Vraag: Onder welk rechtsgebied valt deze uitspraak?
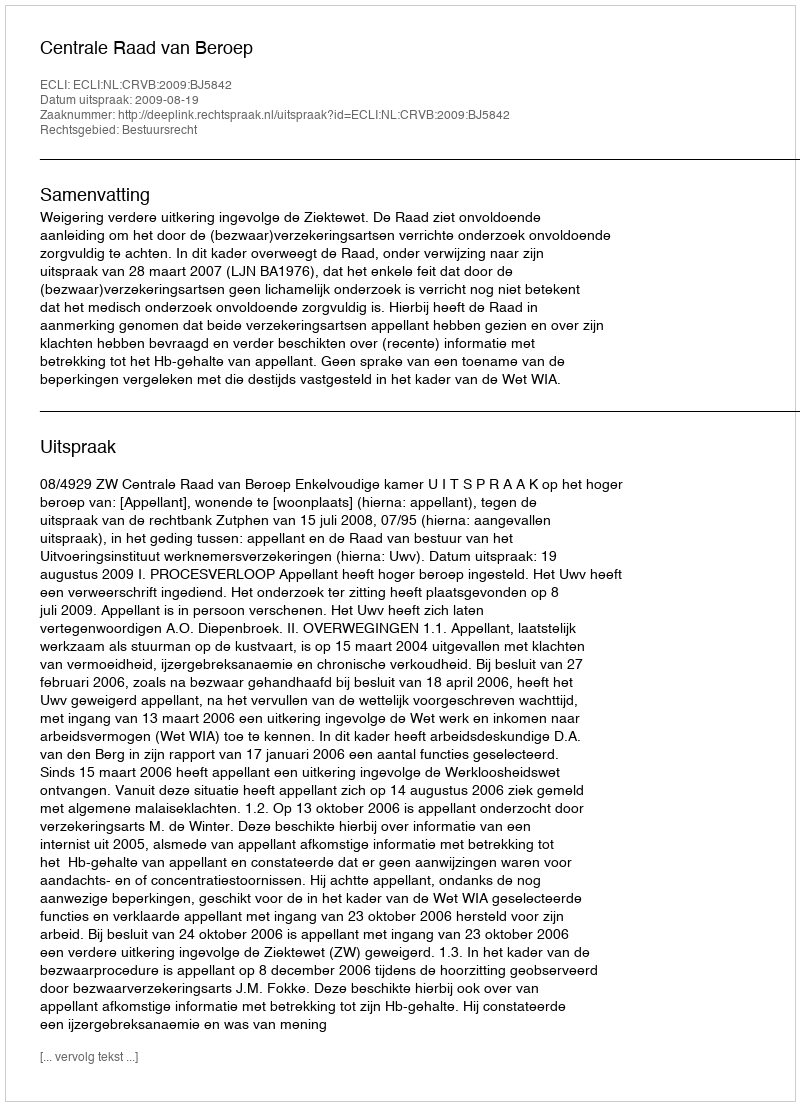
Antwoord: Bestuursrecht